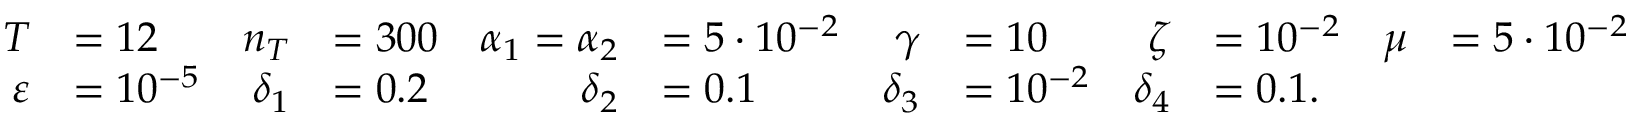
\begin{array} { r l r l r l r l r l r l } { T } & { = 1 2 } & { n _ { T } } & { = 3 0 0 } & { \alpha _ { 1 } = \alpha _ { 2 } } & { = 5 \cdot 1 0 ^ { - 2 } } & { \gamma } & { = 1 0 } & { \zeta } & { = 1 0 ^ { - 2 } } & { \mu } & { = 5 \cdot 1 0 ^ { - 2 } } \\ { \varepsilon } & { = 1 0 ^ { - 5 } } & { \delta _ { 1 } } & { = 0 . 2 } & { \delta _ { 2 } } & { = 0 . 1 } & { \delta _ { 3 } } & { = 1 0 ^ { - 2 } } & { \delta _ { 4 } } & { = 0 . 1 . } \end{array}